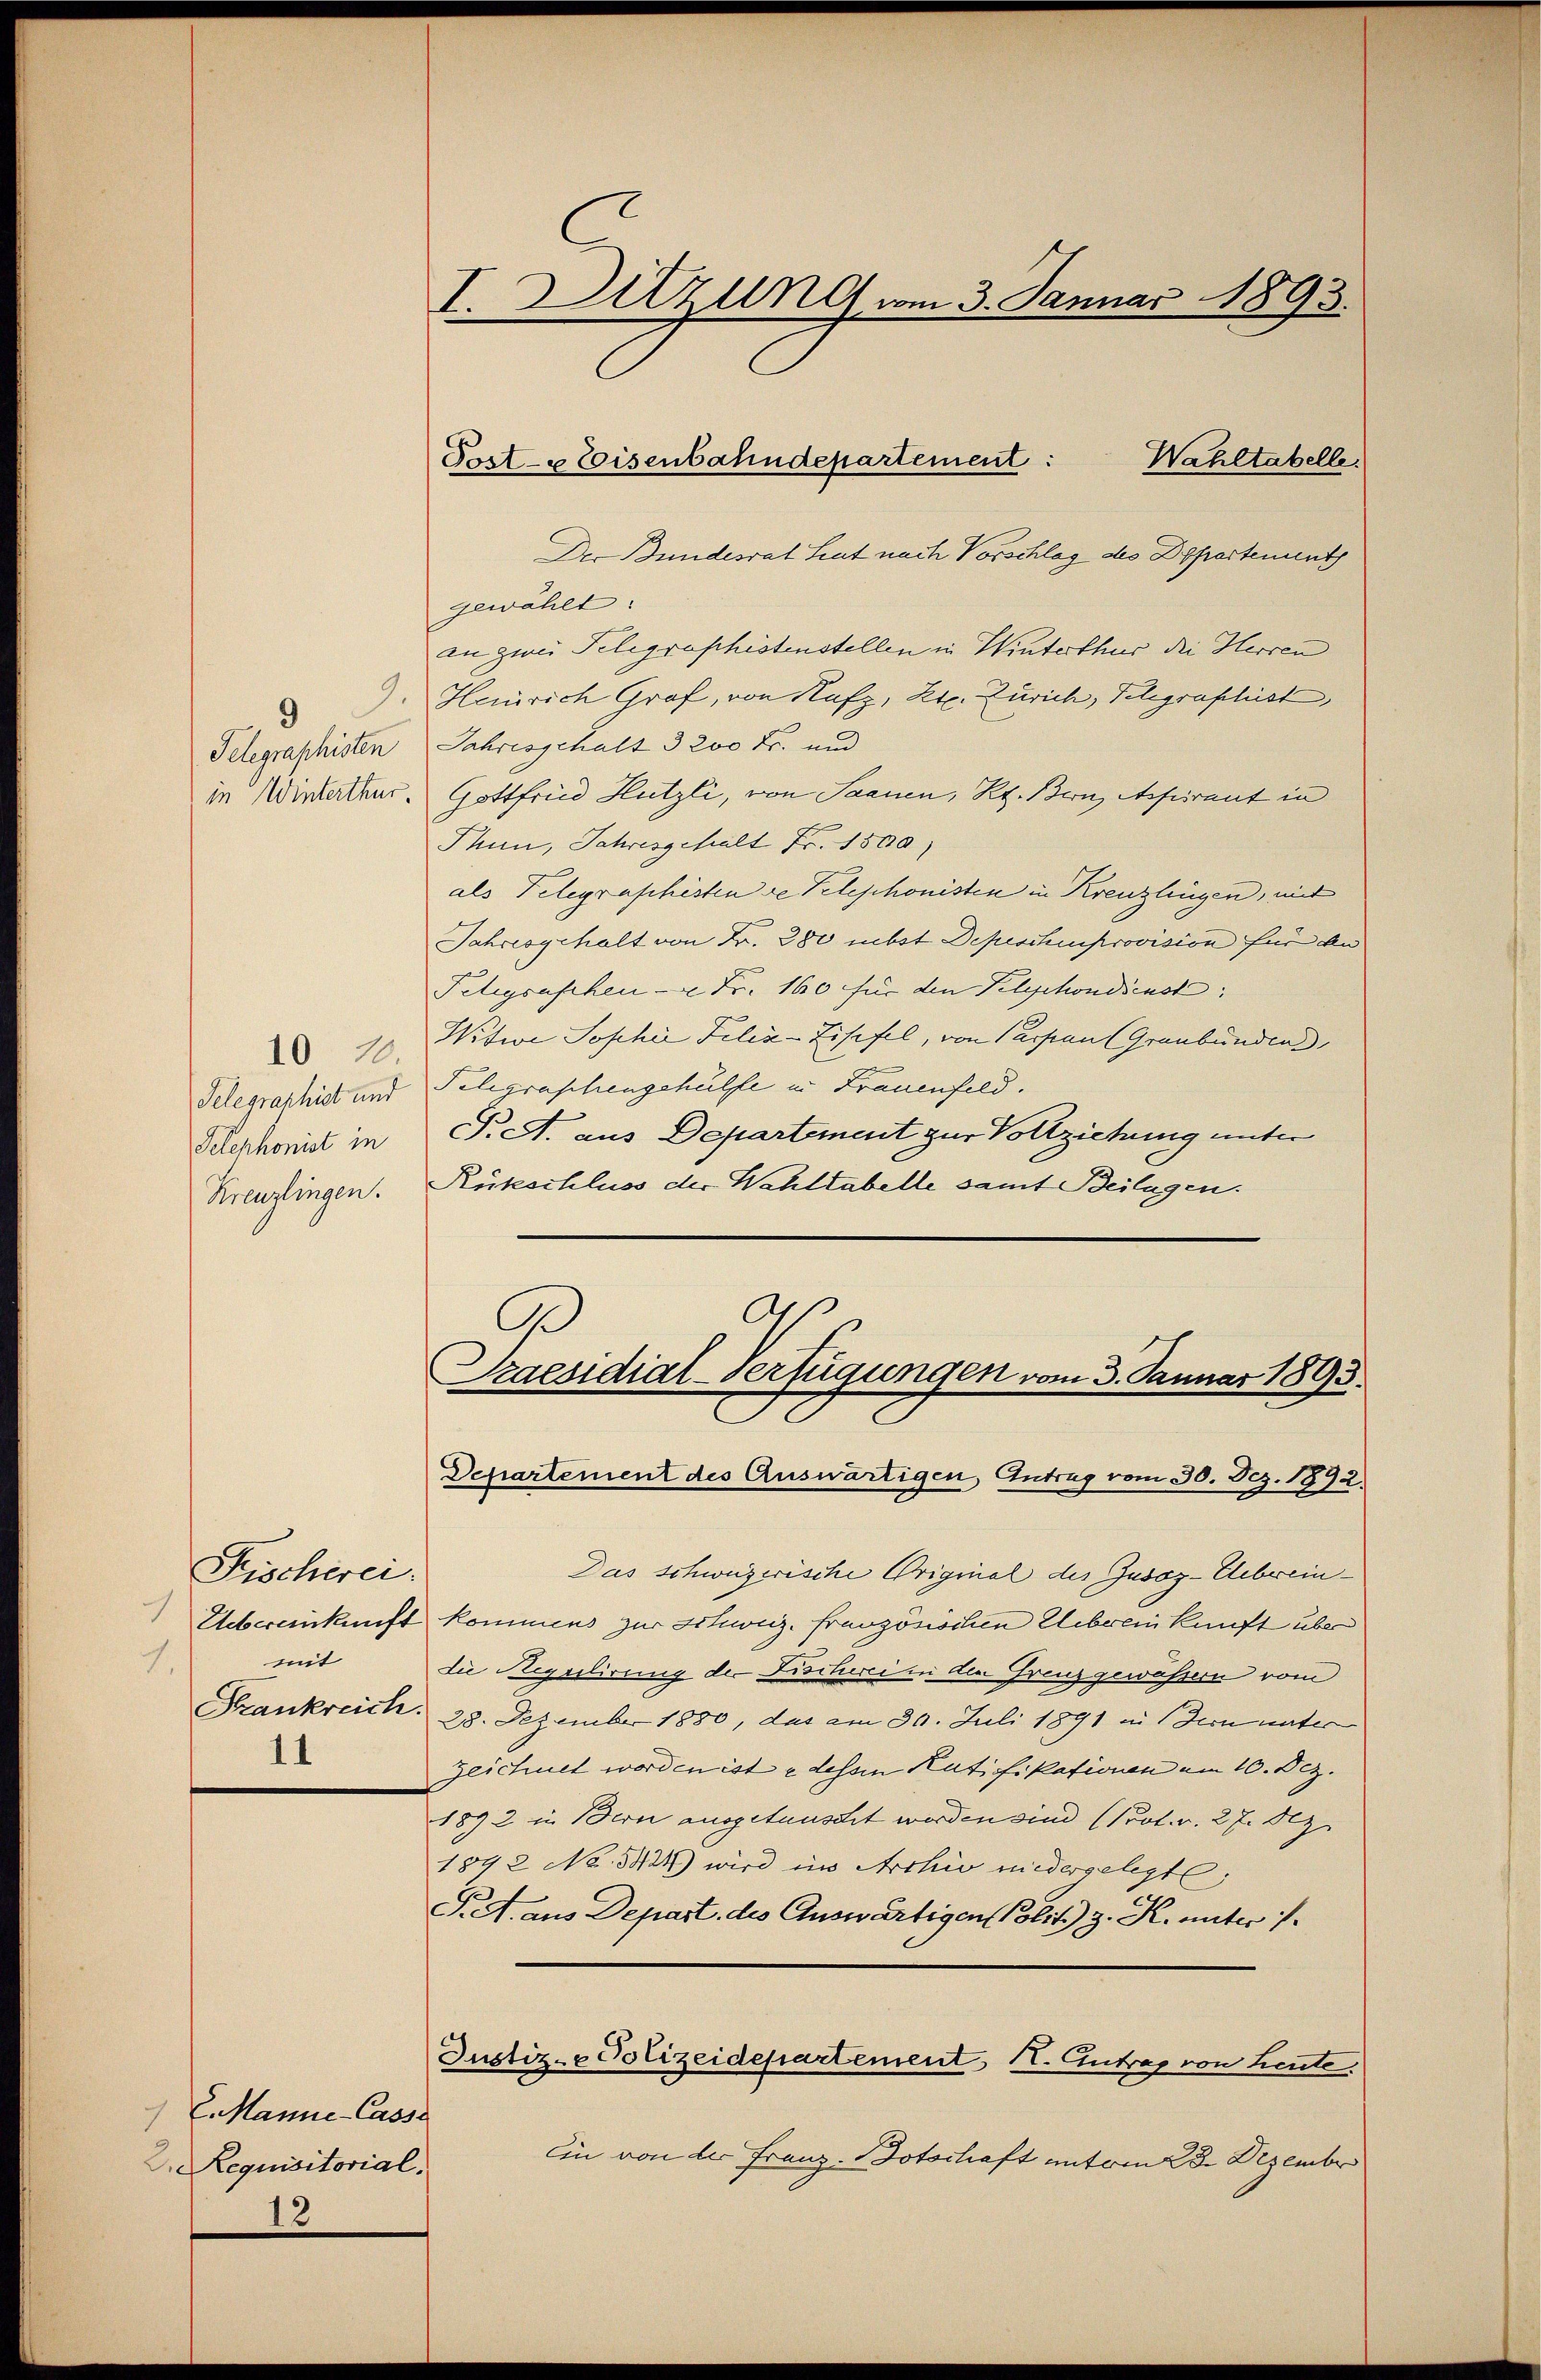
9

Fischerei.
mit
1.
Frankreich.
11

E. Manie-Casse
Dn Requisitorial.
13

Der Bundesrat hat nach Vorschlag des Departenunt
gewählt:
an zwei Telegraphistenstellen in Winterthur die Herren
Henrich Graf, von Hufz, Kt. Zürich, Telegraphist
Telegraphisten Jahresschalt 3200 Fr. und
in Winterthur. Gottfried Hutzli, von Saanen, Kt. Bern Aspirant in
Thun, Jahresgehalt Fr. 1500)
als Telegraphisten re Telephonisten in Kreuzlingen, mit
Jahresgehalt von Fr. 280 nebst Depeschenprovision für an
Fetigsaschen - Fr. 160 für den Plychondienst
10 Witwe Sophie Felix-Zisefel, von Parpant Graubünden,
Telegraphist und Telegraphengehülfe in Frauenfeld.
Telephonist in P. A. aus Departement zur Vollziehung unter
Kreuzlingen. Rükschluss der Wahltabelle samt Beilagen.
C
G

Das schweizerische Original des Zusaz-Ueberein¬
Uebereinkunft kommens zur Schweiz. französischen Uebereinkunft über
die Regulirung der Fischerein den Grenzgewässern vom
28. Dezember 1880, das am 30. Juli 1891 in dern unter
zeichnet worden ist u dessen Ratifikationen am 10. Dez.
1892 in Bern ausgetauscht werden sind (Prot. v. 27. Dez.
1842 No. 5424) wird im Archiv niedergelegte;
S.A. aus Depart des Auswärtigen Polit. G. K. unter
Justiz-e Polizeidepartement II. Antrag von heute.
Ein von der Franz-Botschaft unterm 28. Dezember

I. Ditzung vom 3. Januar 1893.

Post- & Eisenbahndepartement:
Wahltabelle.

Praesidial-Verfügungen vom 3. Januar 1893.
Departement des Auswärtigen, Antrag vom 30. Dez. 1892.